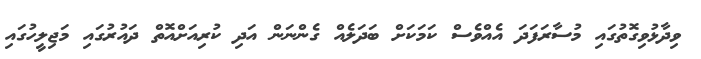
ވިދާޅުވިގޮތުގައި މުސާރަފަދަ އެއްވެސް ކަމަކަށް ބަދަލެއް ގެންނަން އަދި ކުރިއަށްއޮތް ދައުރުގައި މަޖިލީހުގައި